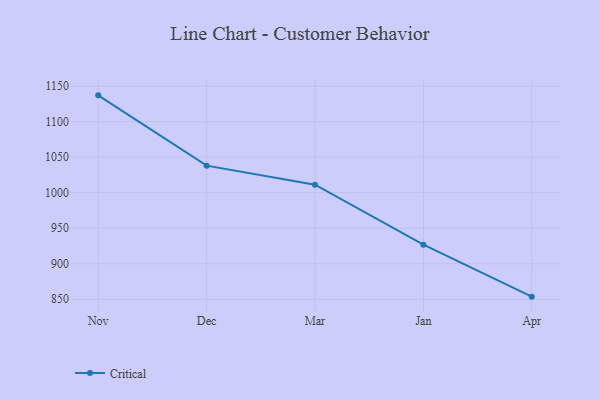
{"axis": {"x": "Month", "y": "Active Users"}, "legend": ["Critical"], "data": [{"x": "Nov", "y": 1137.0, "type": "Critical"}, {"x": "Dec", "y": 1038.0, "type": "Critical"}, {"x": "Mar", "y": 1011.3, "type": "Critical"}, {"x": "Jan", "y": 926.7, "type": "Critical"}, {"x": "Apr", "y": 853.6, "type": "Critical"}]}